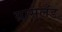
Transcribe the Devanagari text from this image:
ग्रासलँड